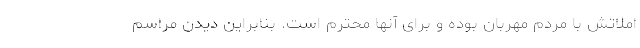
املاتش با مردم مهربان بوده و برای آنها محترم است. بنابراین دیدن مراسم